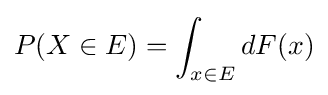
P(X\in E)=\int _{x\in E}dF(x)